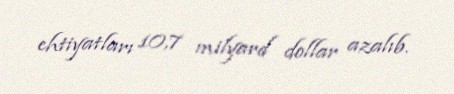
ehtiyatları 10,7 milyard dollar azalıb.